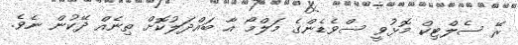
ރޭ ސެލްޓިކް މޮޅުވީ ސްވެޑެންގެ މަލްމޯ އާ ބައްދަލުކޮށް ތިނެއް ދޭކުން ނެވެ.